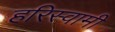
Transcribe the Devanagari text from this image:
हरिस्वामी